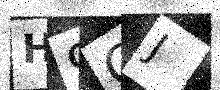
Text: H9GJ